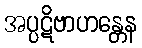
အပ္ပဋိဗာဟန္တေန